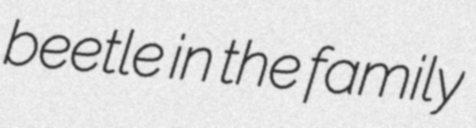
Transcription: beetle in the family